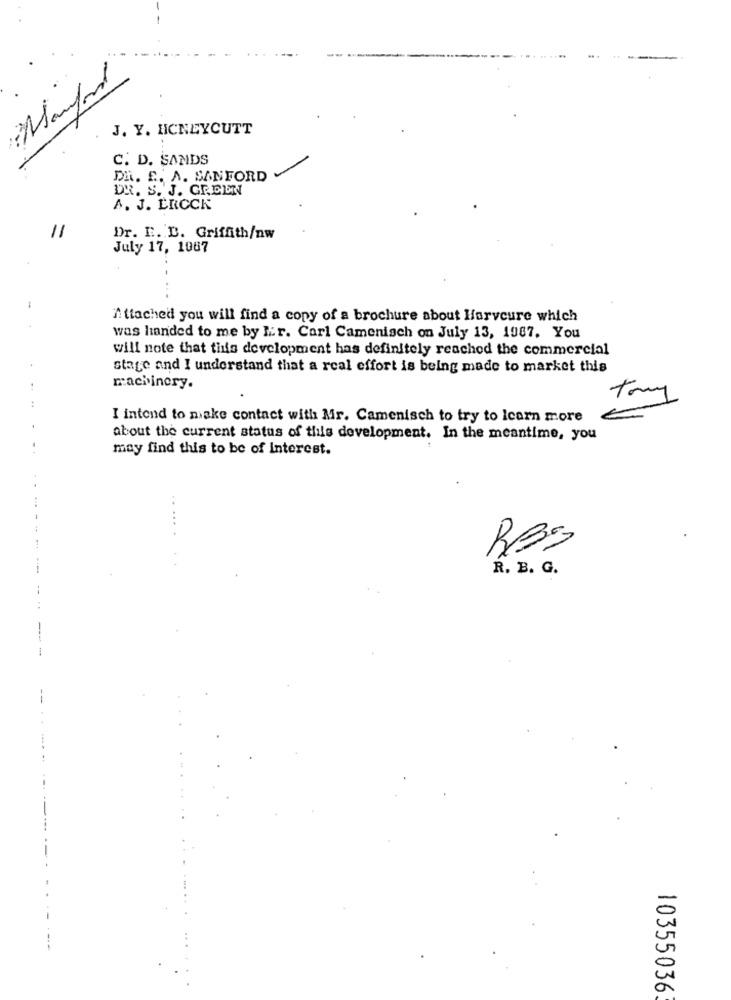
Manford
J. Y. HONEYCUTT
C. D. SANDS
DR. E. A. SANFORD
DR. S. J. GREEN
A. J. ERCCK
11
Dr. E. B. Griffith/nw
July 17, 1067
Attached you will find a copy of a brochure about Harveure which
was handed to me by fir. Carl Camenisch on July 13, 1987. You
will note that tids development has definitely reached the commercial
stage and I understand that a real effort is being made to market this
machinery.
Try
I intend to make contact with Mr. Camenisch to try to learn more
€
about the current status of this development. In the meantime, you
may find this to be of Interest.
RBS
R. B. G.
10355036